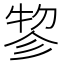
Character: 𢒢